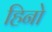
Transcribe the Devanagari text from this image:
हिनो